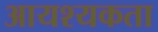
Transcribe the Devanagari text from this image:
आयश्यकता